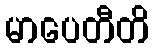
မာပေတီတိ